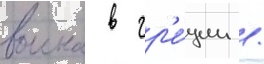
воина в гр'е́ции /